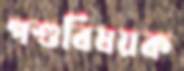
পশুবিষয়ক